Civil Veterinary Dept. North-West Frontier Province 1933-46 - 1933-1946
Year: 1933
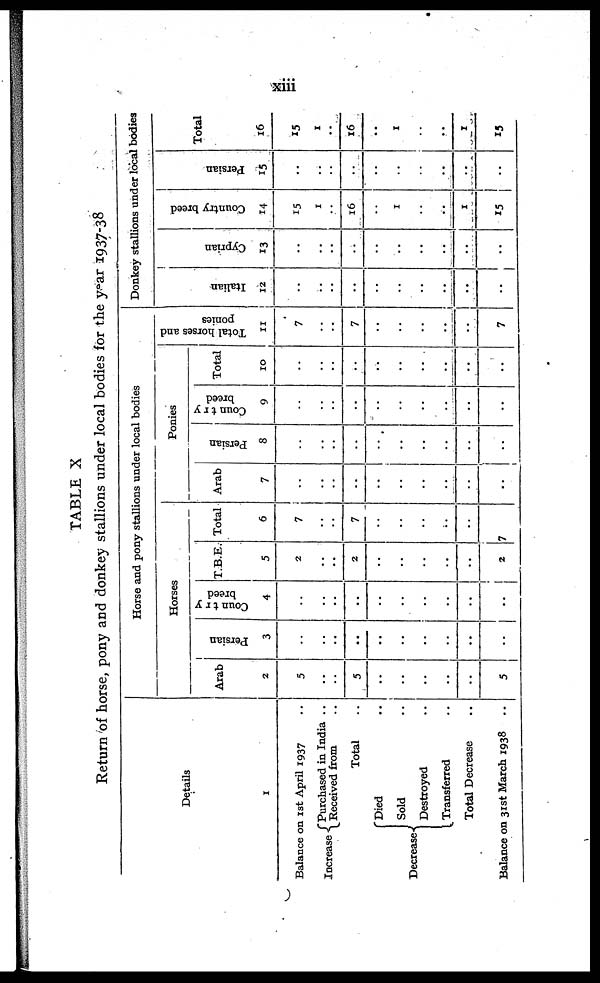
xiii
TABLE X
Return of horse, pony and donkey stallions under local bodies for the year 1937-38
Details
1
Balance on 1st April 1937 ..
Increase
Purchased in India ..
Received from ..
Total ..
Decrease
Died ..
Sold ..
Destroyed ..
Transferred ..
Total Decrease ..
Balance on 31st March 1938 ..
Horse and pony stallions under local bodies
Horses
Arab
2
5
..
..
5
..
..
..
..
..
5
Per s i
an
3
..
..
..
..
..
..
..
..
..
..
Country
breed
4
..
..
..
..
..
..
..
..
..
..
T.B.E.
5
2
..
..
2
..
..
..
..
..
2
Total
6
7
..
..
7
..
..
..
..
..
7
Ponies
Arab
7
..
..
..
..
..
..
..
..
..
..
Persian
8
..
..
..
..
..
..
..
..
..
..
Country
breed
9
..
..
..
..
..
..
..
..
..
..
Total
10
..
..
..
..
..
..
..
..
..
..
Total horses and
ponies
11
7
..
..
7
..
..
..
..
..
7
Donkey stallions under local bodies
Italian
12
..
..
..
..
..
..
..
..
..
..
Cyprian
13
..
..
..
..
..
..
..
..
..
..
Country breed
14
15
1
..
16
..
1
..
..
1
15
Persian
15
..
..
..
..
..
..
..
..
..
..
Total
16
15
1
16
..
..
..
..
..
15